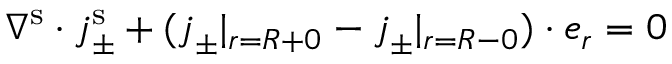
\nabla ^ { \mathrm { s } } \cdot \boldsymbol { j } _ { \pm } ^ { \mathrm { s } } + ( \boldsymbol { j } _ { \pm } | _ { r = R + 0 } - \boldsymbol { j } _ { \pm } | _ { r = R - 0 } ) \cdot \boldsymbol { e } _ { r } = 0